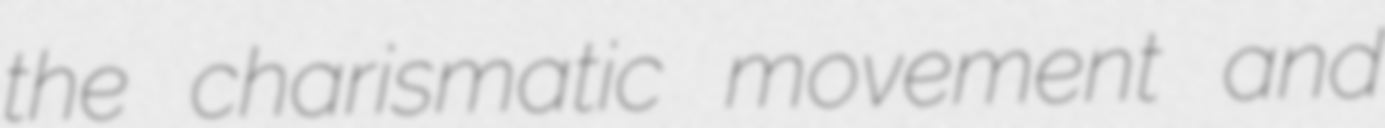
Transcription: the charismatic movement and